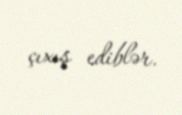
çıxış ediblər.